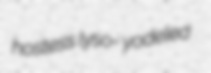
hostess lyso- yodeled